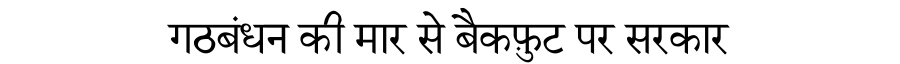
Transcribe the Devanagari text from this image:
गठबंधन की मार से बैकफ़ुट पर सरकार